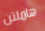
هاملتن